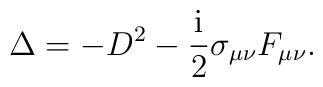
\Delta =-D^2-\frac{{\rm i}}2\sigma _{\mu \nu }F_{\mu \nu }.